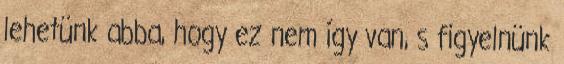
lehetünk abba, hogy ez nem így van, s figyelnünk